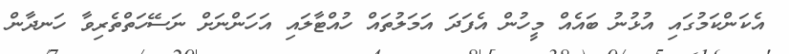
އެކަންކަމުގައި އުޅުނު ބައެއް މީހުން އެފަދަ އަމަލުތައް ހުއްޓާލައި އަހަންނަށް ނަސޭހަތްތެރިވާ ހަނދާން